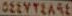
DELYTEASE